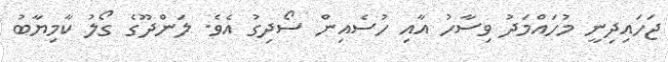
ޖަހައިދިނީ މުހައްމަދު ވިސާހު އާއި ހުސެއިން ސޯދިގު އެވެ. ލަންދޫގެ ގޯލު ކާމިޔާބު